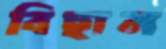
বিছান